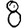
Digit: 8